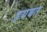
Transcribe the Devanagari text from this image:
हयबत